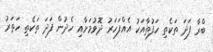
ބްރާ ފަދަ ތަކެތި ހަފުތާއަކު އެއްފަހަރު ދޮވުމަށާއި ހެދުން ފަދަ ތަކެތި ހަތަރު